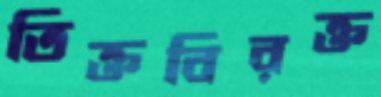
তিক্তবিরক্ত